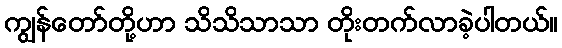
ကျွန်တော်တို့ဟာ သိသိသာသာ တိုးတက်လာခဲ့ပါတယ်။